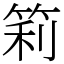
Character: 筣